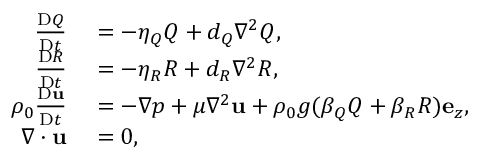
\begin{array} { r l } { \frac { \mathrm { D } Q } { \mathrm { D } t } } & { { } = - \eta _ { Q } Q + d _ { Q } \nabla ^ { 2 } Q , } \\ { \frac { \mathrm { D } R } { \mathrm { D } t } } & { { } = - \eta _ { R } R + d _ { R } \nabla ^ { 2 } R , } \\ { \rho _ { 0 } \frac { \mathrm { D } \mathbf { u } } { \mathrm { D } t } } & { { } = - \nabla p + \mu \nabla ^ { 2 } \mathbf { u } + \rho _ { 0 } g ( \beta _ { Q } Q + \beta _ { R } R ) \mathbf { e } _ { z } , } \\ { \nabla \cdot \mathbf { u } } & { { } = 0 , } \end{array}